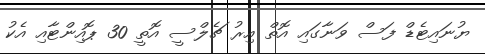
ޔުނައިޓެޑް ފަސް ވަނާގައި އޮތް އިރު ޗެލްސީ އޮތީ 30 ޕޮއިންޓާއި އެކު